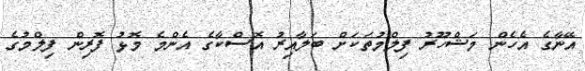
އޭނާގެ އެހެން މަޝްހޫރު ފިލްމުތަކަށް ބަލާއިރު އޮސްކާގެ އެންމެ މޮޅު ފޮރިން ފިލްމުގެ